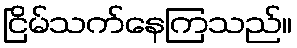
ငြိမ်သက်နေကြသည်။